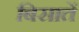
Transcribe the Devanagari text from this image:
बिसातें